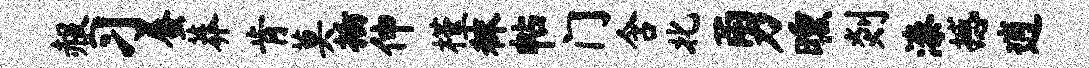
赧习蜃莽肯莫插伸槿秣帖门含北勇曛剡漆撼逍